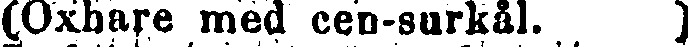
(Oxhare med cen-surkål. )